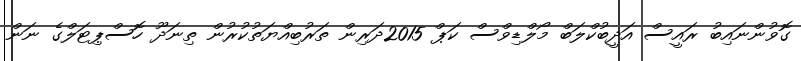
ގޮވުންނައިބު ރައީސް އަދީބުކްލަބް މޯލްޑިވްސް ކަޕް 2015ދަރިން ތަރުބިއްޔަތުކުރުން ތިނަދޫ ހޮސްޕިޓަލްގެ ނަން